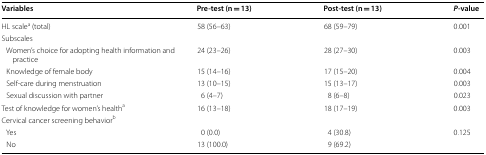
| Variables | Pre-test (n = 13) | Post-test (n = 13) | P-value |
 | --- | --- | --- | --- |
 | HL scalea (total) | 58 (56–63) | 68 (59–79) | 0.001 |
 | <COLSPAN=4> Subscales |
 | Women’s choice for adopting health information and practice | 24 (23–26) | 28 (27–30) | 0.003 |
 | Knowledge of female body | 15 (14–16) | 17 (15–20) | 0.004 |
 | Self-care during menstruation | 13 (10–15) | 15 (13–17) | 0.003 |
 | Sexual discussion with partner | 6 (4–7) | 8 (6–8) | 0.023 |
 | Test of knowledge for women’s healtha | 16 (13–18) | 18 (17–19) | 0.003 |
 | <COLSPAN=4> Cervical cancer screening behaviorb |
 | Yes | 0 (0.0) | 4 (30.8) | <ROWSPAN=2> 0.125 |
 | No | 13 (100.0) | 9 (69.2) |